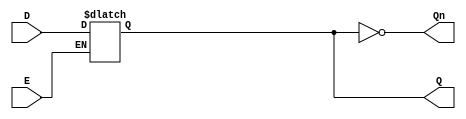
module LatchRegister (
    input wire D,        // Data Input
    input wire E,        // Enable
    output reg Q,        // Output
    output wire Qn       // Complementary Output
);

    // Always block to model level-sensitive behavior of latch
    always @(*) begin
        if (E) begin
            Q <= D;      // Capture input when Enable is high
        end
        // If E is low, Q maintains its previous value (no assignment needed)
    end

    assign Qn = ~Q;      // Complement of Q

endmodule